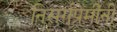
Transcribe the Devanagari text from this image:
निसर्गप्रेमींनी